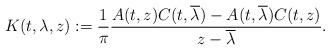
\begin{align*} K(t, \lambda, z) := \frac{1}{\pi} \frac{ A(t,z)C(t,\overline{\lambda}) - A(t, \overline{\lambda}) C(t, z) }{z - \overline{\lambda} }.\end{align*}